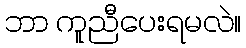
ဘာ ကူညီပေးရမလဲ။